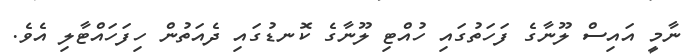
ނާމީ އައިސް ލޫނާގެ ފަހަތުގައި ހުއްޓި ލޫނާގެ ކޮނޑުގައި ދެއަތުން ހިފަހައްޓާލި އެވެ.